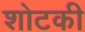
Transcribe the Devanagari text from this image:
शोटकी